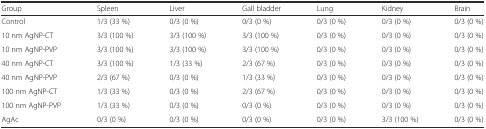
<table><thead><tr><td><b>Group</b></td><td><b>Spleen</b></td><td><b>Liver</b></td><td><b>Gall bladder</b></td><td><b>Lung</b></td><td><b>Kidney</b></td><td><b>Brain</b></td></tr></thead><tbody><tr><td>Control</td><td>1/3 (33 %)</td><td>0/3 (0 %)</td><td>0/3 (0 %)</td><td>0/3 (0 %)</td><td>0/3 (0 %)</td><td>0/3 (0 %)</td></tr><tr><td>10 nm AgNP-CT</td><td>3/3 (100 %)</td><td>3/3 (100 %)</td><td>3/3 (100 %)</td><td>0/3 (0 %)</td><td>0/3 (0 %)</td><td>0/3 (0 %)</td></tr><tr><td>10 nm AgNP-PVP</td><td>3/3 (100 %)</td><td>3/3 (100 %)</td><td>3/3 (100 %)</td><td>0/3 (0 %)</td><td>0/3 (0 %)</td><td>0/3 (0 %)</td></tr><tr><td>40 nm AgNP-CT</td><td>3/3 (100 %)</td><td>1/3 (33 %)</td><td>2/3 (67 %)</td><td>0/3 (0 %)</td><td>0/3 (0 %)</td><td>0/3 (0 %)</td></tr><tr><td>40 nm AgNP-PVP</td><td>2/3 (67 %)</td><td>0/3 (0 %)</td><td>1/3 (33 %)</td><td>0/3 (0 %)</td><td>0/3 (0 %)</td><td>0/3 (0 %)</td></tr><tr><td>100 nm AgNP-CT</td><td>1/3 (33 %)</td><td>0/3 (0 %)</td><td>2/3 (67 %)</td><td>0/3 (0 %)</td><td>0/3 (0 %)</td><td>0/3 (0 %)</td></tr><tr><td>100 nm AgNP-PVP</td><td>1/3 (33 %)</td><td>0/3 (0 %)</td><td>0/3 (0 %)</td><td>0/3 (0 %)</td><td>0/3 (0 %)</td><td>0/3 (0 %)</td></tr><tr><td>AgAc</td><td>0/3 (0 %)</td><td>0/3 (0 %)</td><td>0/3 (0 %)</td><td>0/3 (0 %)</td><td>3/3 (100 %)</td><td>0/3 (0 %)</td></tr></tbody></table>